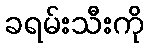
ခရမ်းသီးကို